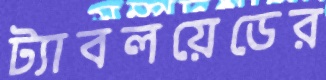
ট্যাবলয়েডের